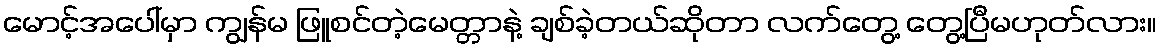
မောင့်အပေါ်မှာ ကျွန်မ ဖြူစင်တဲ့မေတ္တာနဲ့ ချစ်ခဲ့တယ်ဆိုတာ လက်တွေ့ တွေ့ပြီမဟုတ်လား။